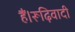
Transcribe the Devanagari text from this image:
हैं।रूढ़िवादी